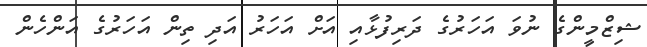
ޝިޒްމީންގެ ނުވަ އަހަރުގެ ދަރިފުޅާއި އަށް އަހަރު އަދި ތިން އަހަރުގެ އަންހެން